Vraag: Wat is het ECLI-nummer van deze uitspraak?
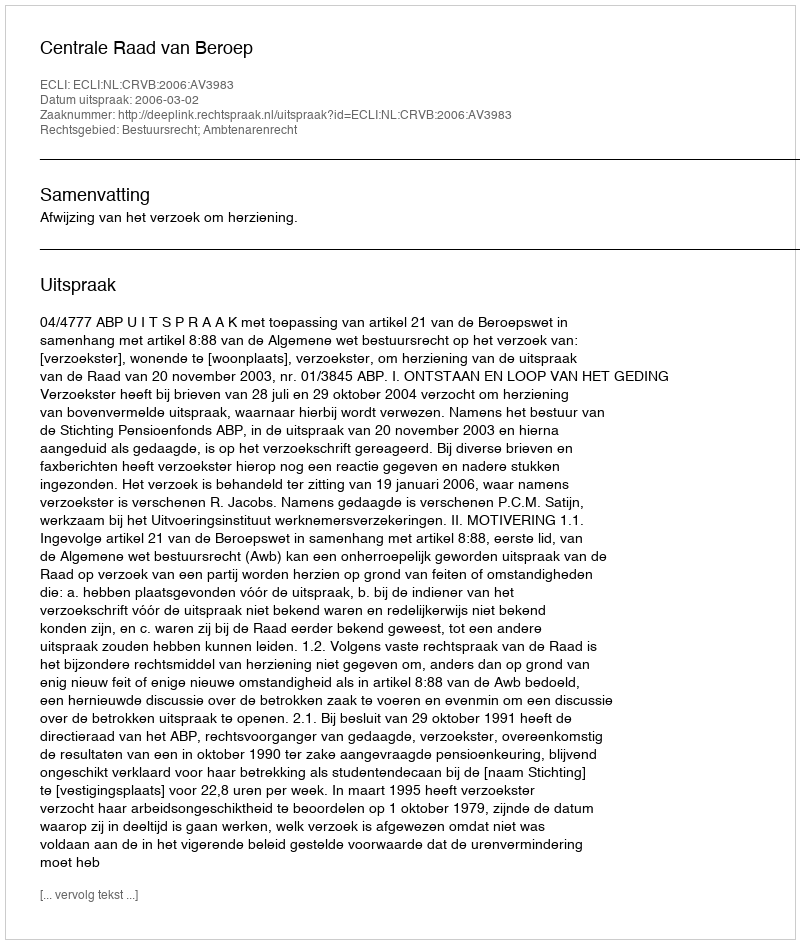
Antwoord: ECLI:NL:CRVB:2006:AV3983